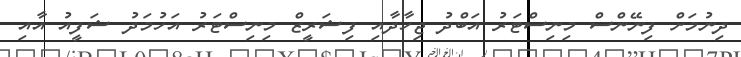
ދިނުުމަށް ފިނޭންސް މިނިސްޓަރު އަބްދު ޖިހާދާއި ފިޝަރީޒް މިނިސްޓަރު އަހުމަދު ޝަފީއު އާއި